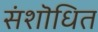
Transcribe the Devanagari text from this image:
संशॊधित